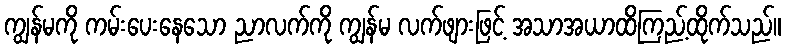
ကျွန်မကို ကမ်းပေးနေသော ညာလက်ကို ကျွန်မ လက်ဖျားဖြင့် အသာအယာထိကြည့်ထိုက်သည်။